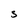
Character: S